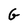
Character: G